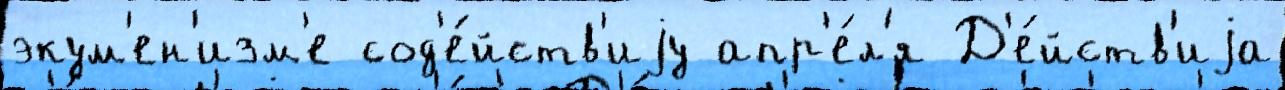
экум'ен'изм'е сод'е́йств'иjу апр'е́л'я Д'е́йств'иjа